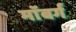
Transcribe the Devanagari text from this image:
माॅबर्ग